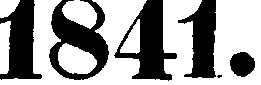
1841.